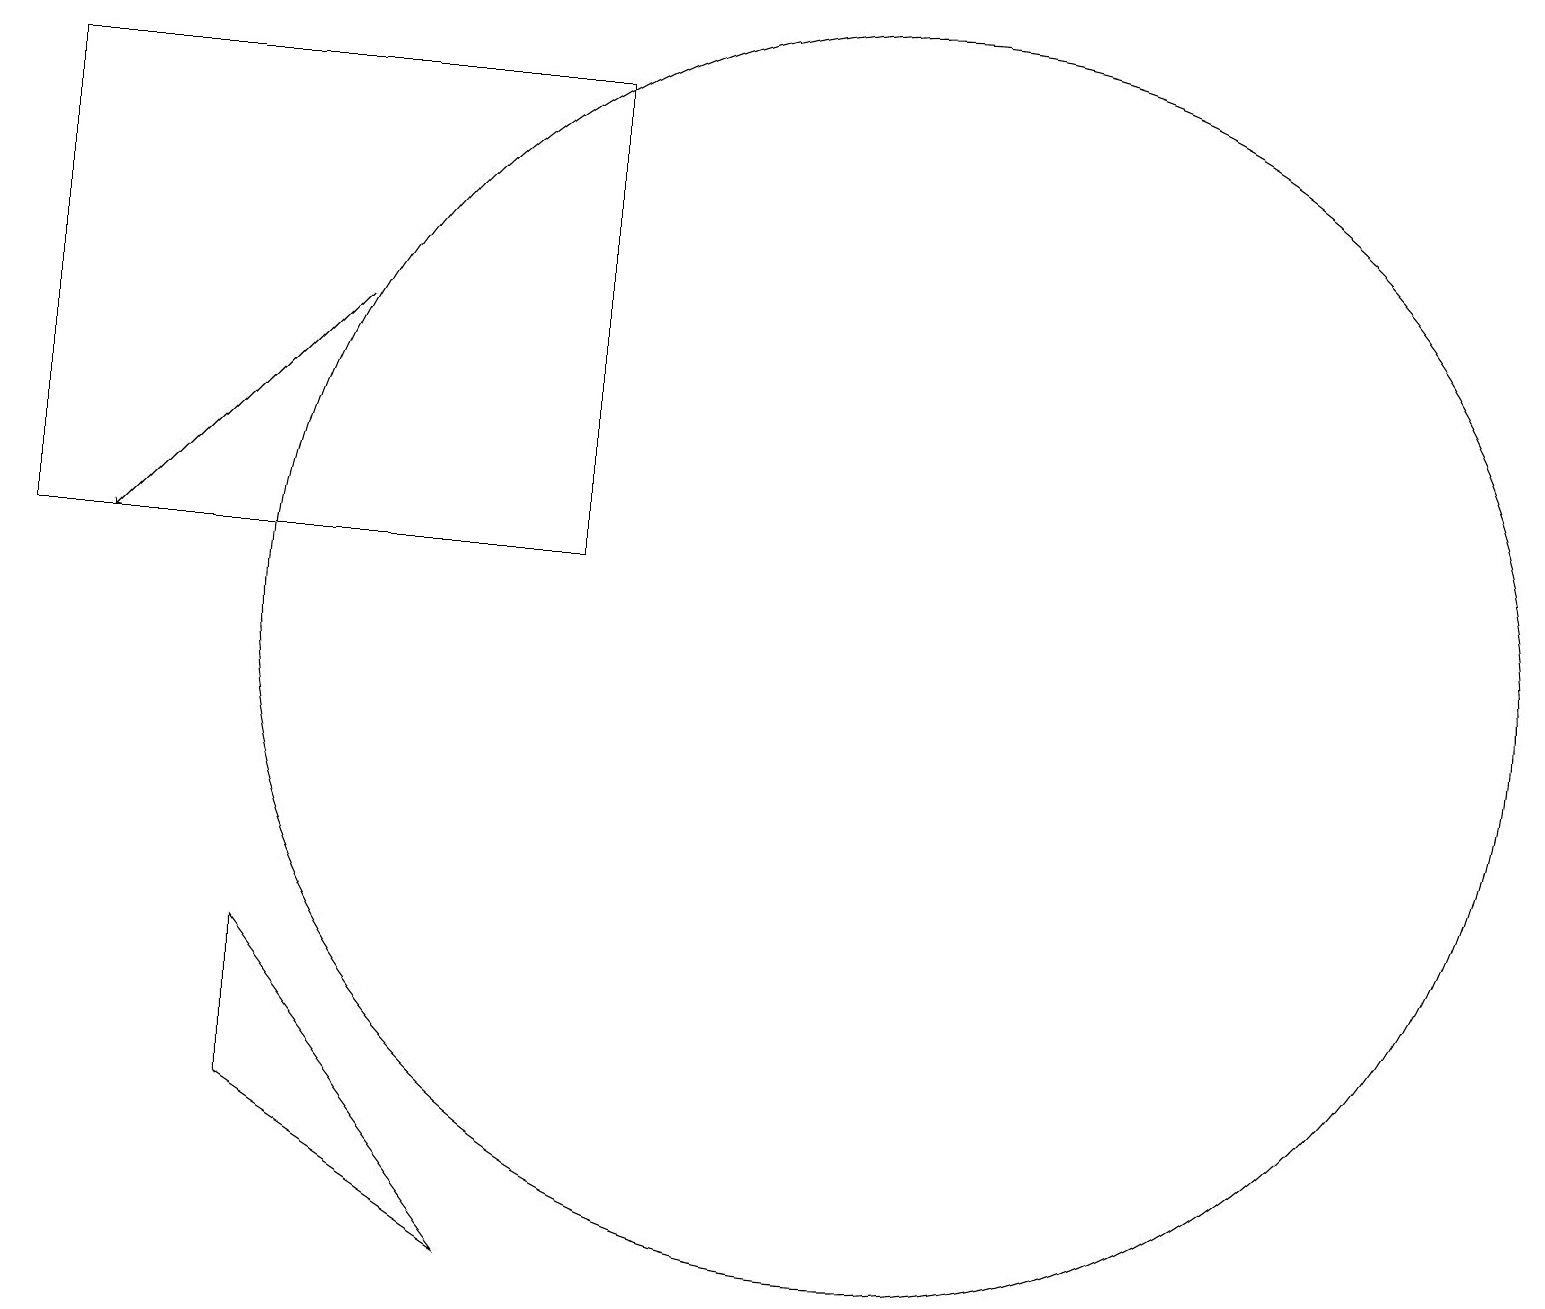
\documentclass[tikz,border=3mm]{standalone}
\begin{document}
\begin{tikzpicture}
\draw (8,12) rectangle (1,18);
\draw[->] (5,15) -- (2,12);
\draw (12,11) circle (8);
\draw (4,7) -- (7,3) -- (4,5) -- cycle;
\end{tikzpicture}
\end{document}